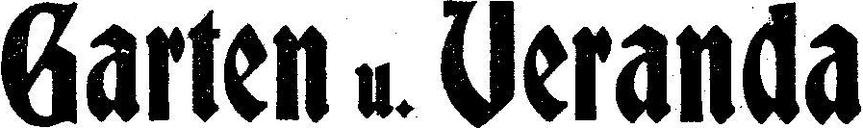
Garten u. Veranda